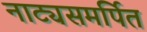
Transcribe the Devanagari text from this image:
नाट्यसमर्पित